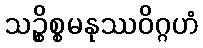
သဉ္စိစ္စမနုဿဝိဂ္ဂဟံ